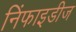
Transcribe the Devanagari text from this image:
निंफाइडीज